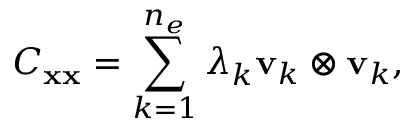
C _ { \bf x x } = \sum _ { k = 1 } ^ { n _ { e } } \lambda _ { k } { \bf v } _ { k } \otimes { \bf v } _ { k } ,